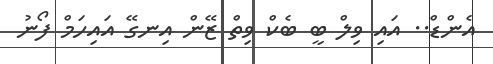
އެންޑް.. އައި ވިލް ބީ ބެކް ވިތް ޒޭން އިނގޭ އައިހަމް ފޯނު